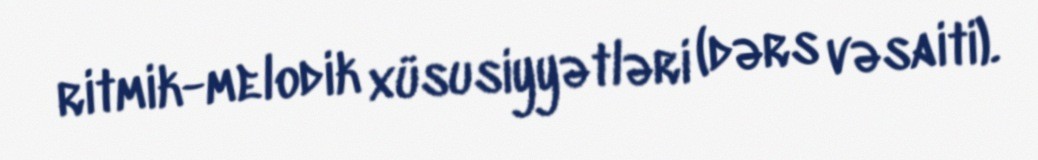
ritmik-melodik xüsusiyyətləri (dərs vəsaiti).